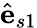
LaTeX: \hat{\textbf{e}}_{s1}